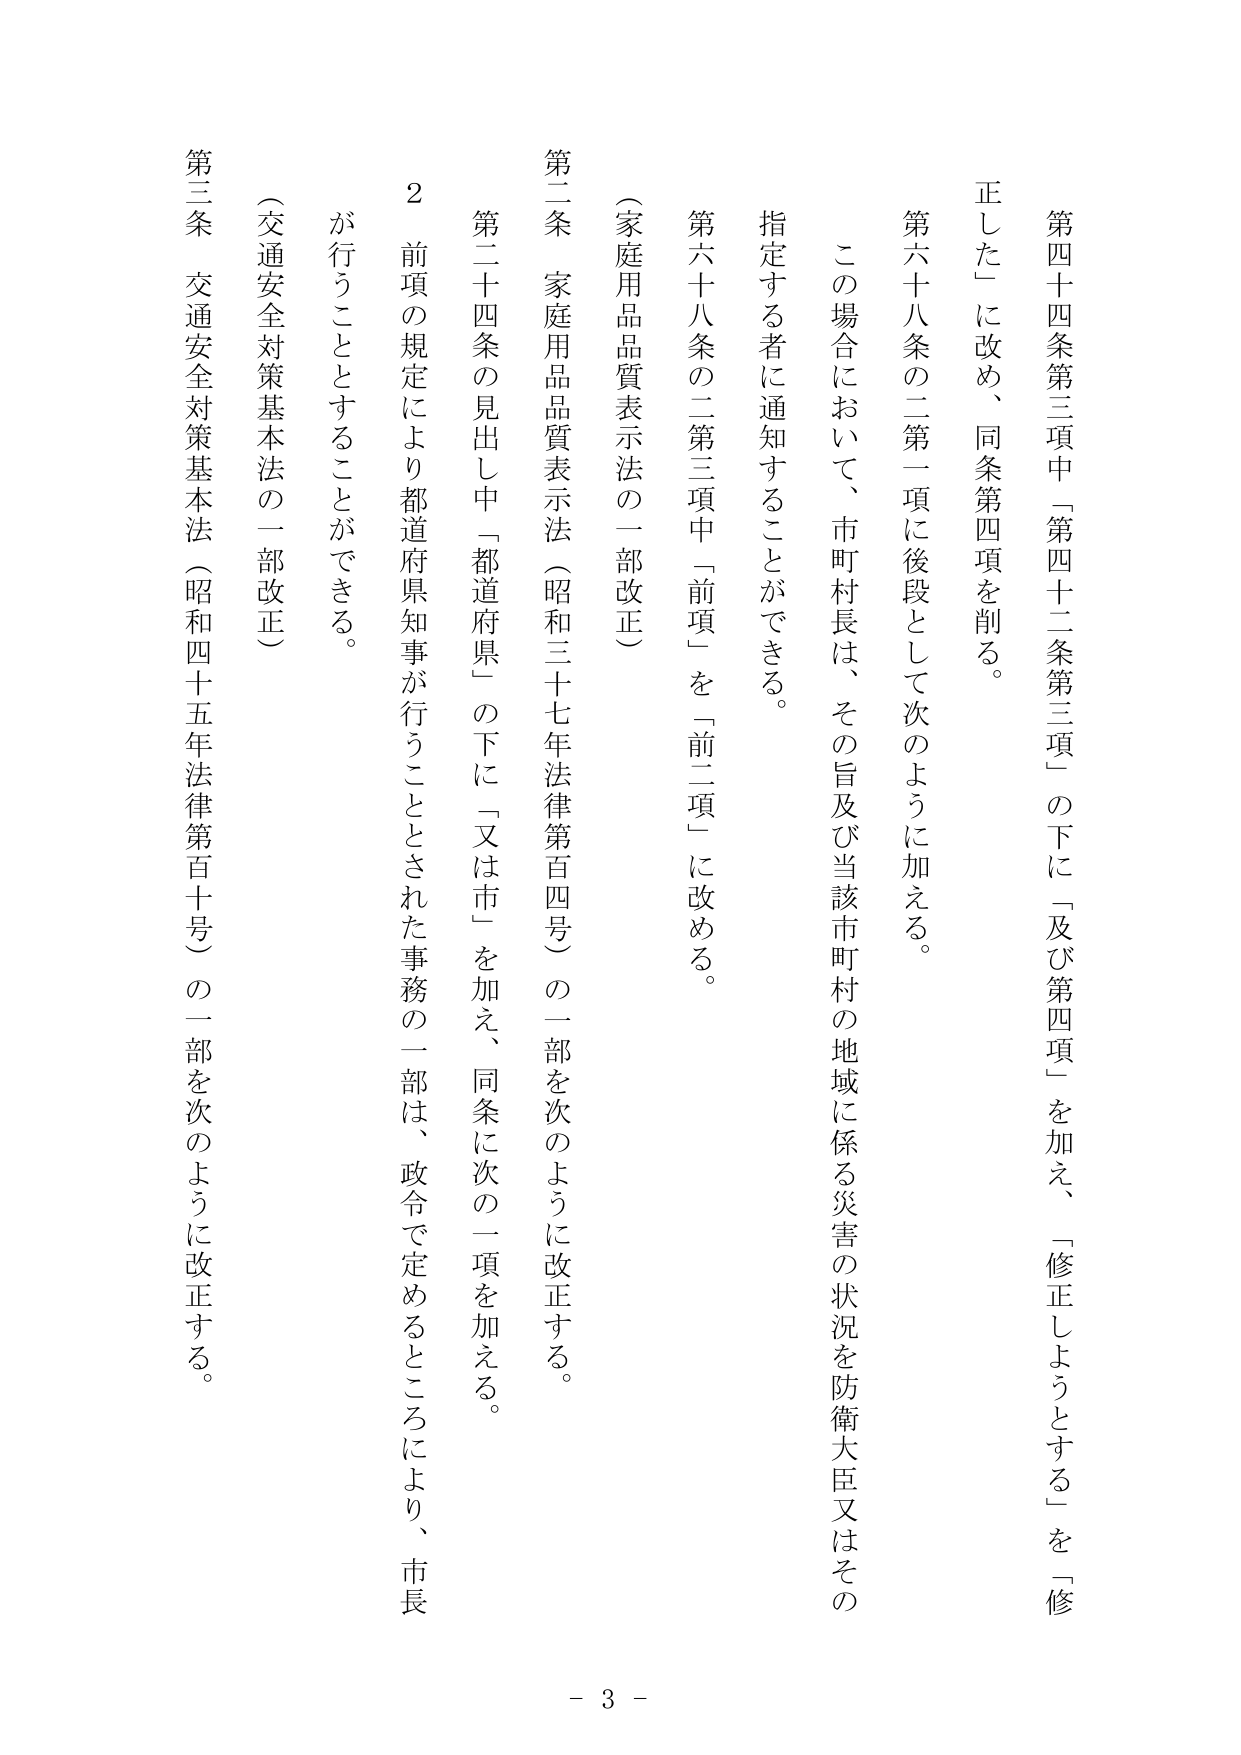
第四十四条第三項中「第四十二条第三項」の下に「及び第四項」を加え、「修正しようとする」を「修正した」に改め、同条第四項を削る。

第六十八条の二第一項に後段として次のように加える。

この場合において、市町村長は、その旨及び当該市町村の地域に係る災害の状況を防衛大臣又はその指定する者に通知することができる。

第六十八条の二第三項中「前項」を「前二項」に改める。

（家庭用品品質表示法の一部改正）

第二条 家庭用品品質表示法（昭和三十七年法律第百四号）の一部を次のように改正する。

第二十四条の見出し中「都道府県」の下に「又は市」を加え、同条に次の一項を加える。

２ 前項の規定により都道府県知事が行うこととされた事務の一部は、政令で定めるところにより、市長が行うこととすることができる。

（交通安全対策基本法の一部改正）

第三条 交通安全対策基本法（昭和四十五年法律第百十号）の一部を次のように改正する。

- 3 -